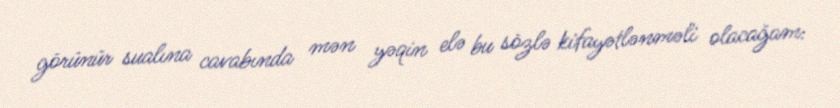
görünür sualına cavabında mən yəqin elə bu sözlə kifayətlənməli olacağam: